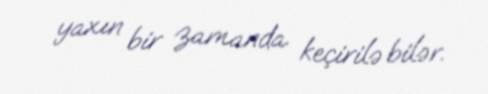
yaxın bir zamanda keçirilə bilər.